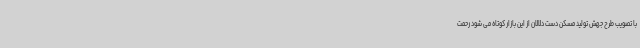
با تصویب طرح جهش تولید مسکن دست دلالان از این بازار کوتاه می شود رحمت